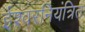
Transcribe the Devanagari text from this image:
ईश्वरनियंत्रित